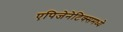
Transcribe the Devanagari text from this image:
एपिजेनेटिक्समध्ये